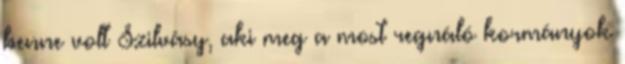
benne volt Szilvásy, aki meg a most regnáló kormányok